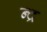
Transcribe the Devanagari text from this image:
न्द्र